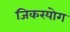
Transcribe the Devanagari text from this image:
जिकरयोग